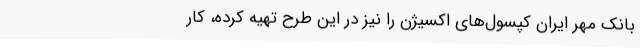
بانک مهر ایران کپسول‌های اکسیژن را نیز در این طرح تهیه کرده، کار